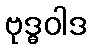
ဗုဒ္ဓဝါဒ